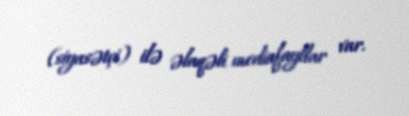
(siyasətçi) ilə əlaqəli mediafayllar var.